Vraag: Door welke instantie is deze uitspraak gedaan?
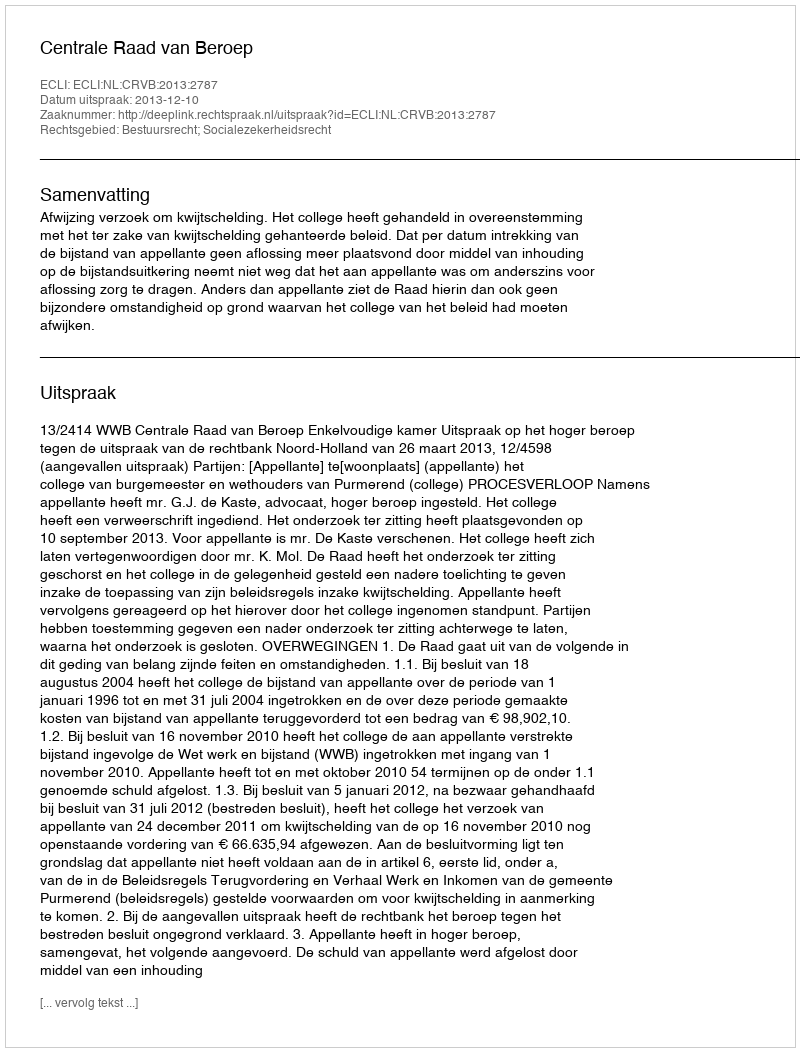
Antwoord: Centrale Raad van Beroep